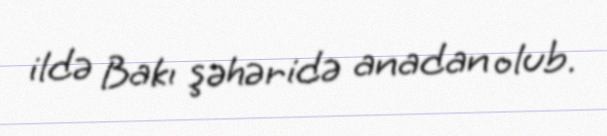
ildə Bakı şəhəridə anadan olub.